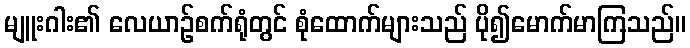
မျူးဂါး၏ လေယာဉ်စက်ရုံတွင် စုံထောက်များသည် ပို၍မောက်မာကြသည်။